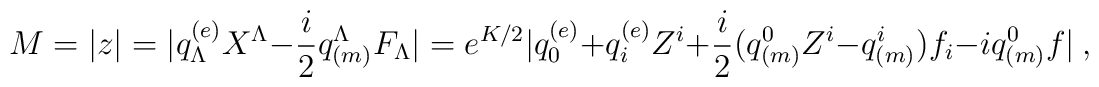
M = |z|  =  |q^{(e)}_\Lambda X^\Lambda - {i \over 2} q_{(m)}^\Lambda F_\Lambda|=e^{K/2} |q^{(e)}_0 +  q^{(e)}_i Z^i + {i \over 2} (q_{(m)}^0 Z^i -q_{(m)}^i)f_i - iq^0_{(m)} f|\ ,